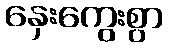
နှေးကွေးစွာ